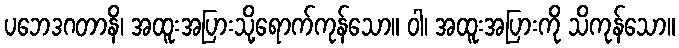
ပဘေဒဂတာနိ၊ အထူးအပြားသို့ရောက်ကုန်သော။ ဝါ၊ အထူးအပြားကို သိကုန်သော။